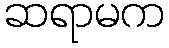
ဆရာမက